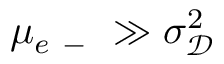
\mu _ { e \mathrm { ~ - ~ } } \gg \sigma _ { \mathscr D } ^ { 2 }